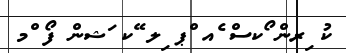
ކު ިރން ޯކސް ެއ ްޕ ިލ ޭކ ަޝން ފޯ ްމ